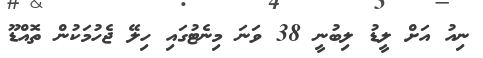
ނިއު އަށް ލީޑު ލިބުނީ 38 ވަނަ މިނެޓުގައި ހިލޭ ޖެހުމަކުން ތޮއްޑޫ